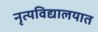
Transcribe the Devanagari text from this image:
नृत्यविद्यालयात